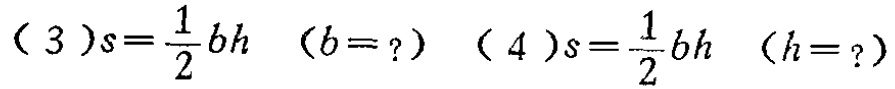
(3)$s=\frac{1}{2}bh\ (b = ?)$ (4)$s=\frac{1}{2}bh\ (h = ?)$